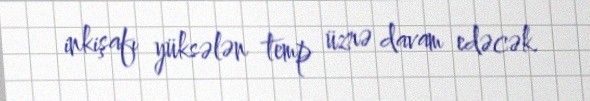
inkişafı yüksələn temp üzrə davam edəcək.